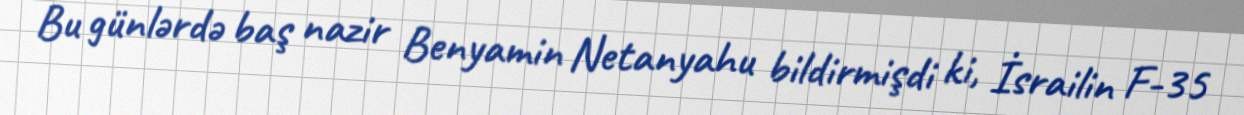
Bu günlərdə baş nazir Benyamin Netanyahu bildirmişdi ki, İsrailin F-35